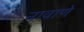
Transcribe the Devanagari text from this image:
नावाणे